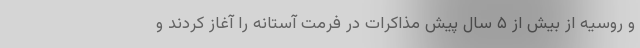
و روسیه از بیش از ۵ سال پیش مذاکرات در فرمت آستانه را آغاز کردند و